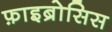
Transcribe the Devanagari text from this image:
फ़ाइब्रोसिस